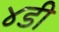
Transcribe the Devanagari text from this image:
४डी